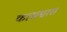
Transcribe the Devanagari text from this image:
कासश्वास